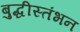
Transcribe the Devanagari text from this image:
बुद्धीस्तंभन